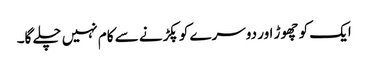
ایک کو چھوڑ اور دوسرے کو پکڑنے سے کام نہیں چلے گا۔